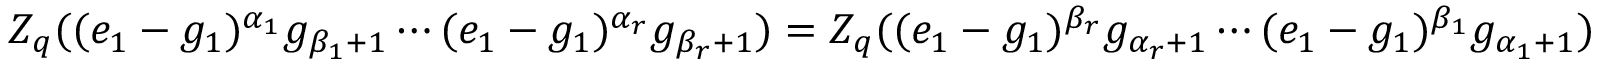
\begin{array} { r } { Z _ { q } ( ( e _ { 1 } - g _ { 1 } ) ^ { \alpha _ { 1 } } g _ { \beta _ { 1 } + 1 } \cdots ( e _ { 1 } - g _ { 1 } ) ^ { \alpha _ { r } } g _ { \beta _ { r } + 1 } ) = Z _ { q } ( ( e _ { 1 } - g _ { 1 } ) ^ { \beta _ { r } } g _ { \alpha _ { r } + 1 } \cdots ( e _ { 1 } - g _ { 1 } ) ^ { \beta _ { 1 } } g _ { \alpha _ { 1 } + 1 } ) } \end{array}